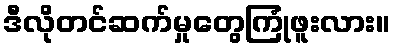
ဒီလိုတင်ဆက်မှုတွေကြုံဖူးလား။